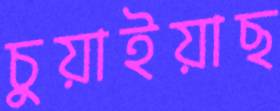
চুয়াইয়াছ